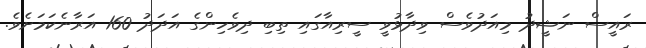
ރައީސް ނަޝީދު މިއަދުވެސް ވިދާޅުވީ ސީރިއާގައި ތިބި ދިވެހިންގެ އަދަދު 160 އަރާނެކަމަށެވެ.